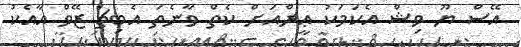
އޭސް ޔޫ ވިޝް އެކަމަކު ޢީރްއަށް ކެތް ވާނެތަ އެބިޗް ޒޭވް އާއެކު